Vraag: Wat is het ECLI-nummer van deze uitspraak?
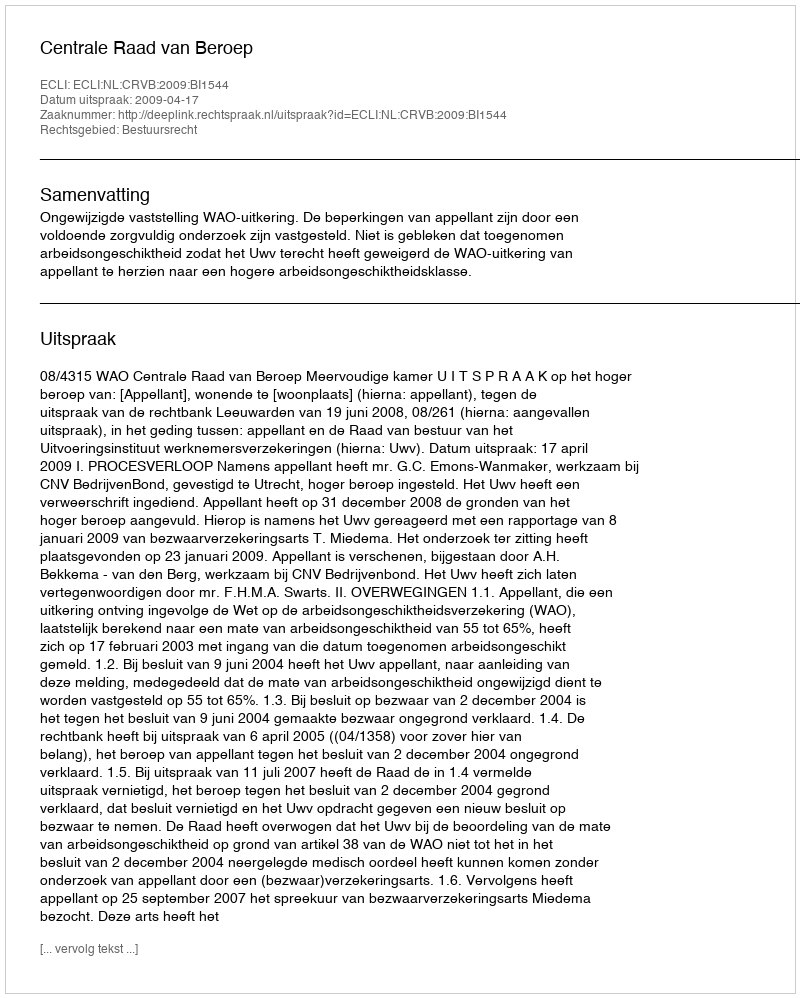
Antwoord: ECLI:NL:CRVB:2009:BI1544